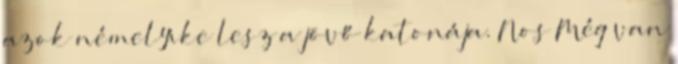
azok némelyike lesz a jövő katonája. Nos Még van